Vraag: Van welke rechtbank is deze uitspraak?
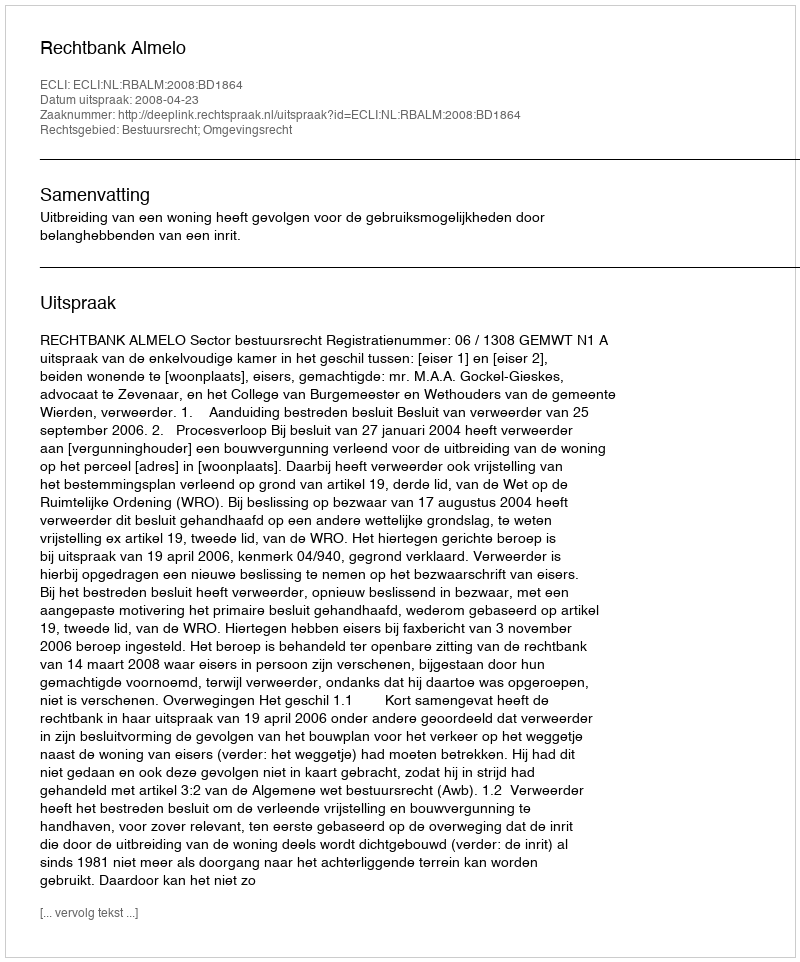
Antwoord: Rechtbank Almelo